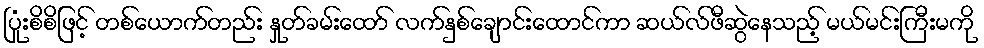
ပြုံးစိစိဖြင့် တစ်ယောက်တည်း နှုတ်ခမ်းထော် လက်နှစ်ချောင်းထောင်ကာ ဆယ်လ်ဖီဆွဲနေသည့် မယ်မင်းကြီးမကို